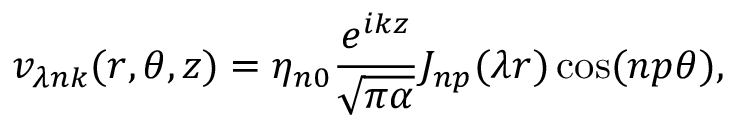
v _ { \lambda n k } ( r , \theta , z ) = \eta _ { n 0 } \frac { e ^ { i k z } } { \sqrt { \pi \alpha } } J _ { n p } ( \lambda r ) \cos ( n p \theta ) { , }